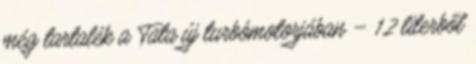
még tartalék a Tata új turbómotorjában – 1,2 literből